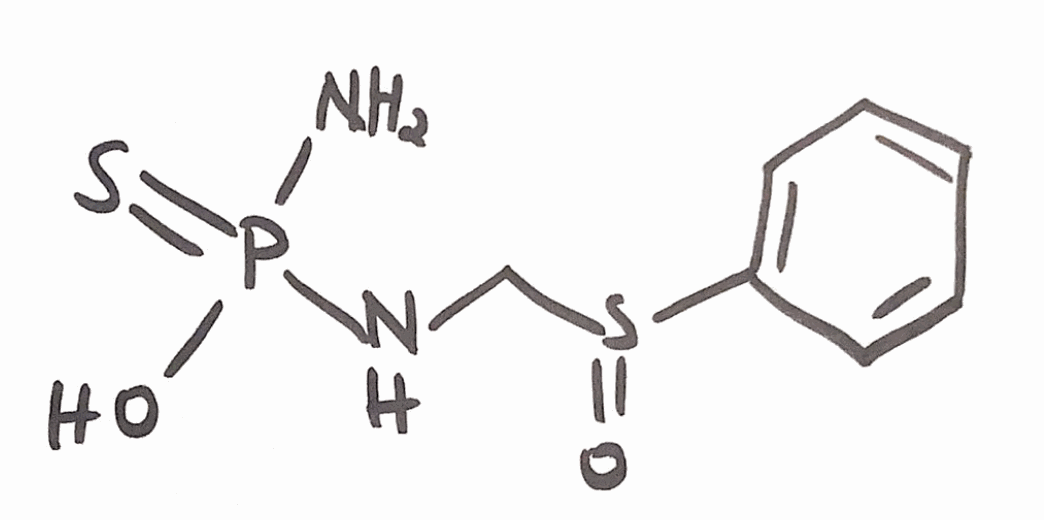
Simplified molecular-input line-entry system (SMILES) notation of the given molecule:
C1=CC=C(C=C1)S(=O)CNP(=S)(N)O